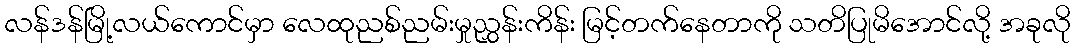
လန်ဒန်မြို့လယ်ကောင်မှာ လေထုညစ်ညမ်းမှုညွှန်းကိန်း မြင့်တက်နေတာကို သတိပြုမိအောင်လို့ အခုလို